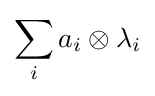
\sum _{i}a_{i}\otimes \lambda _{i}